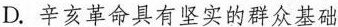
D. 辛亥革命具有坚实的群众基础